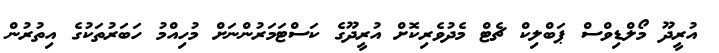
އުރީދޫ މޯލްޑިވްސް ޕަބްލިކް ޗެޓް މެދުވެރިކޮށް އުރީދޫގެ ކަސްޓަމަރުންނަށް މުހިއްމު ހަބަރުތަކުގެ އިތުރުން